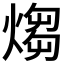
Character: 煼